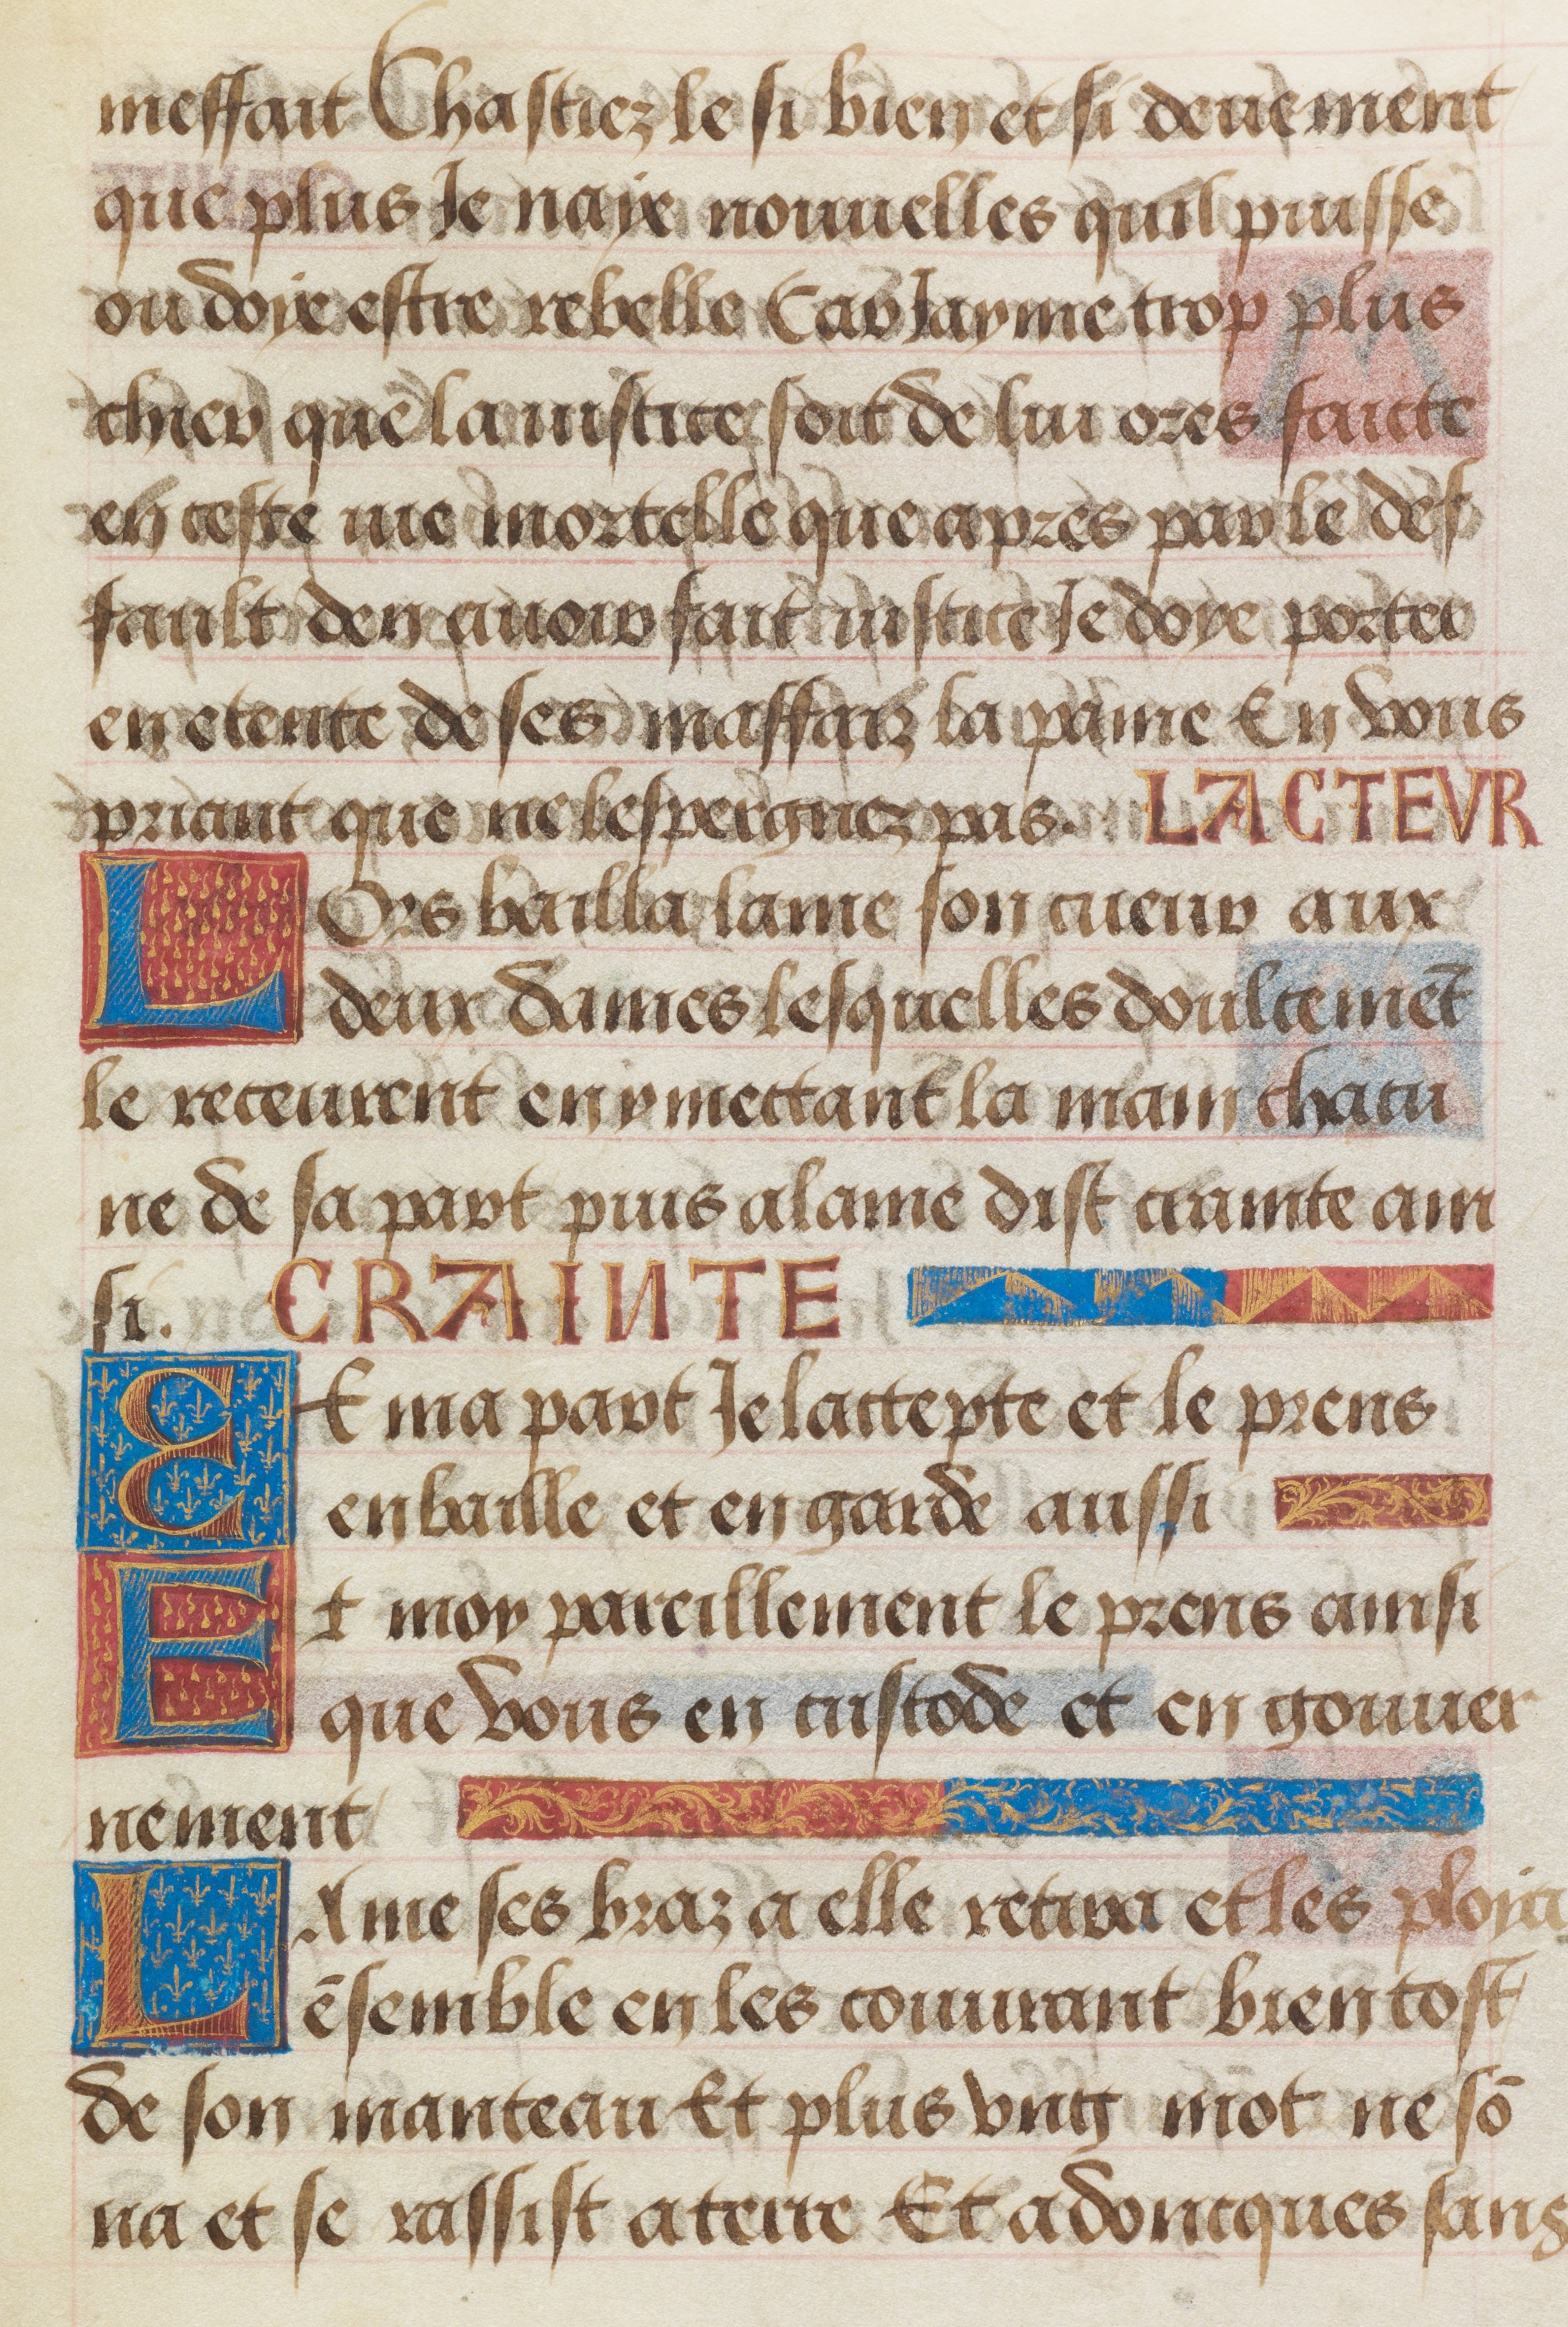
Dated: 1455–1485